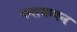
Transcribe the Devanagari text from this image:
फलकथन